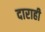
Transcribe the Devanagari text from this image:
दाराही